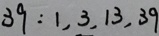
3 9 : 1 , 3 , 1 3 , 3 9